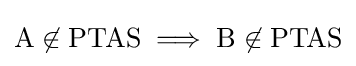
{\text{A}}\not \in {\text{PTAS}}\implies {\text{B}}\not \in {\text{PTAS}}